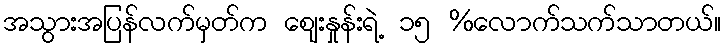
အသွားအပြန်လက်မှတ်က ဈေးနှုန်းရဲ့ ၁၅ %လောက်သက်သာတယ်။